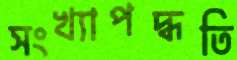
সংখ্যাপদ্ধতি